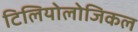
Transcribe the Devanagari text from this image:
टिलियोलोजिकल